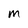
Character: m